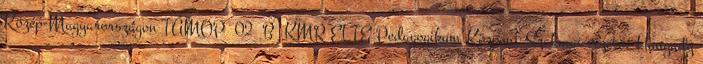
Közép-Magyarországon TÁMOP 02 B KMR ELTE Pedagogikum Központ Szakmai vezető: Hunyady